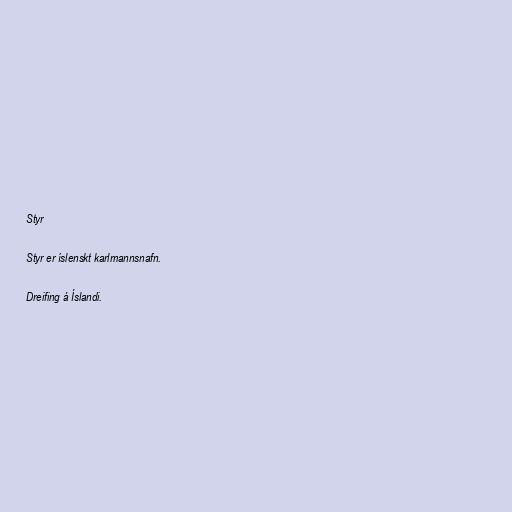
Styr

Styr er íslenskt karlmannsnafn.

Dreifing á Íslandi.